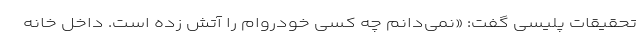
تحقیقات پلیسی گفت: «نمی‌دانم چه کسی خودروام را آتش زده است. داخل خانه